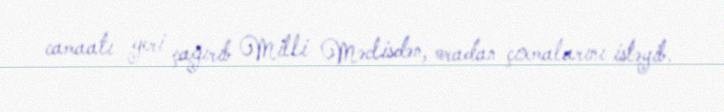
camaatı geri çağırıb Milli Məclisdən, oradan çıxmalarını istəyib.